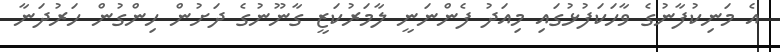
އެ މަނިކުފާނުގެ ވާހަކަފުޅުގައި މިއަދު ފެންނަނީ ލާމަރުކަޒީ ގާނޫނުގެ ދަށުން ހިންގުން ހަރުދަނާ